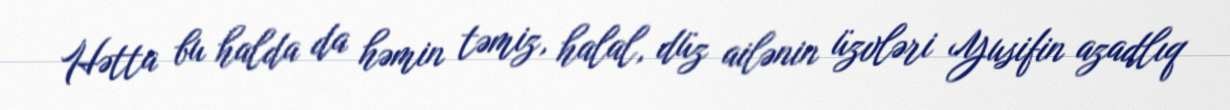
Hətta bu halda da həmin təmiz, halal, düz ailənin üzvləri Yusifin azadlıq